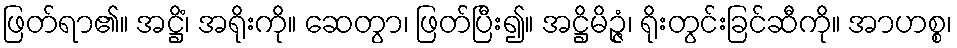
ဖြတ်ရာ၏။ အဋ္ဌိံ၊ အရိုးကို။ ဆေတွာ၊ ဖြတ်ပြီး၍။ အဋ္ဌိမိဉ္ဇံ၊ ရိုးတွင်းခြင်ဆီကို။ အာဟစ္စ၊